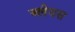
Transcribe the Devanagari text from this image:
ब्लेयस